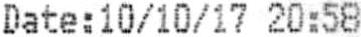
DATE:10/10/17 20:58